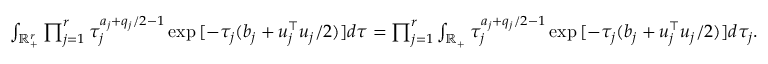
\begin{array} { r } { \int _ { \mathbb { R } _ { + } ^ { r } } \prod _ { j = 1 } ^ { r } \tau _ { j } ^ { a _ { j } + q _ { j } / 2 - 1 } \exp { [ - \tau _ { j } ( b _ { j } + u _ { j } ^ { \top } u _ { j } / 2 ) ] } d \tau = \prod _ { j = 1 } ^ { r } \int _ { \mathbb { R } _ { + } } \tau _ { j } ^ { a _ { j } + q _ { j } / 2 - 1 } \exp { [ - \tau _ { j } ( b _ { j } + u _ { j } ^ { \top } u _ { j } / 2 ) ] } d \tau _ { j } . } \end{array}